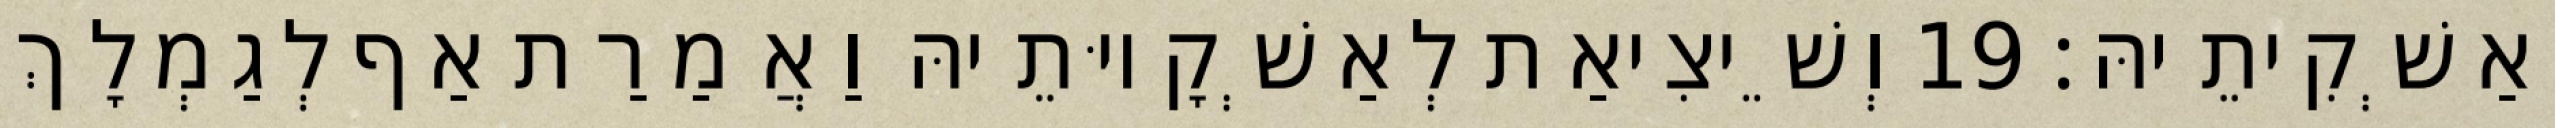
וְאַשְׁקִיתֵיהּ׃ 19 וְשֵׁיצִיאַת לְאַשְׁקָיוּתֵיהּ וַאֲמַרַת אַף לְגַמְלָךְ